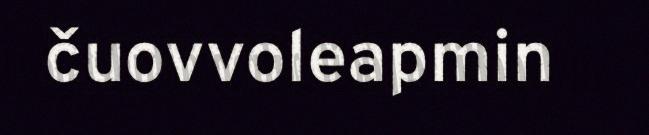
čuovvoleapmin